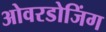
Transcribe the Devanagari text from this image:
ओवरडोजिंग